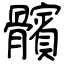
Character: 髕